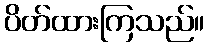
ပိတ်ထားကြသည်။